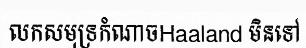
លកសមុទ្រកំណាចHaaland មិនទៅ